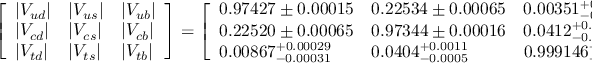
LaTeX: { \left[ \begin{array} { l l l } { | V _ { u d } | } & { | V _ { u s } | } & { | V _ { u b } | } \\ { | V _ { c d } | } & { | V _ { c s } | } & { | V _ { c b } | } \\ { | V _ { t d } | } & { | V _ { t s } | } & { | V _ { t b } | } \end{array} \right] } = { \left[ \begin{array} { l l l } { 0 . 9 7 4 2 7 \pm 0 . 0 0 0 1 5 } & { 0 . 2 2 5 3 4 \pm 0 . 0 0 0 6 5 } & { 0 . 0 0 3 5 1 _ { - 0 . 0 0 0 1 4 } ^ { + 0 . 0 0 0 1 5 } } \\ { 0 . 2 2 5 2 0 \pm 0 . 0 0 0 6 5 } & { 0 . 9 7 3 4 4 \pm 0 . 0 0 0 1 6 } & { 0 . 0 4 1 2 _ { - 0 . 0 0 0 5 } ^ { + 0 . 0 0 1 1 } } \\ { 0 . 0 0 8 6 7 _ { - 0 . 0 0 0 3 1 } ^ { + 0 . 0 0 0 2 9 } } & { 0 . 0 4 0 4 _ { - 0 . 0 0 0 5 } ^ { + 0 . 0 0 1 1 } } & { 0 . 9 9 9 1 4 6 _ { - 0 . 0 0 0 0 4 6 } ^ { + 0 . 0 0 0 0 2 1 } } \end{array} \right] } .